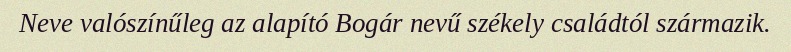
Neve valószínűleg az alapító Bogár nevű székely családtól származik.